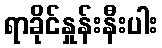
ရာခိုင်နှုန်းနီးပါး